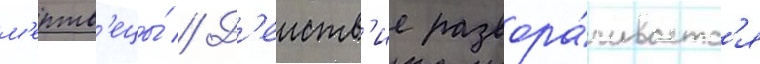
м'ертв'ецы́ // Д'еиств'ие развора́чиваетс'я